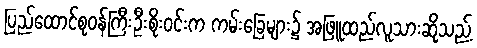
ပြည်ထောင်စုဝန်ကြီးဦးစိုးဝင်းက ကမ်းခြေများ၌ အဖြူထည်လူသားဆိုသည့်